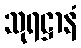
သုရဋ္ဌာနံ